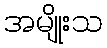
အမျိုးသ